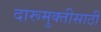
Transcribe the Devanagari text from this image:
दारूमुक्तीसाठी